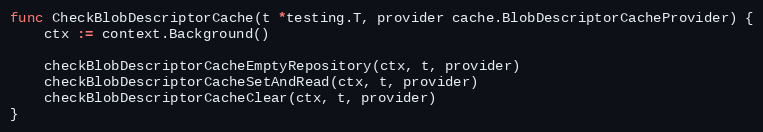
Language: Go
func CheckBlobDescriptorCache(t *testing.T, provider cache.BlobDescriptorCacheProvider) {
	ctx := context.Background()

	checkBlobDescriptorCacheEmptyRepository(ctx, t, provider)
	checkBlobDescriptorCacheSetAndRead(ctx, t, provider)
	checkBlobDescriptorCacheClear(ctx, t, provider)
}